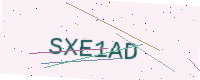
Text: SXE1AD